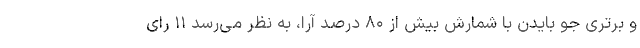
و برتری جو بایدن با شمارش بیش از ۸۰ درصد آرا، به نظر می‌رسد ۱۱ رای